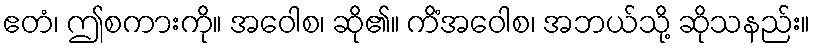
ဧတံ၊ ဤစကားကို။ အဝေါစ၊ ဆို၏။ ကိံအဝေါစ၊ အဘယ်သို့ ဆိုသနည်း။